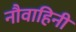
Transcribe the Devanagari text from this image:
नौवाहिनी